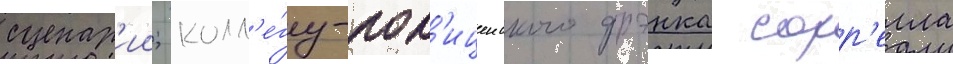
сценар'ии; колл'е́гу-пол'ицеиского фрэнка сорр'елла